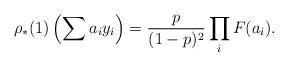
LaTeX: \begin{align*}\rho _{*} (1) \left(\sum a_{i}y_{i} \right) =\frac{p}{(1-p)^{2}}\prod _{i}F (a_{i}).\end{align*}